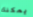
يمكنك